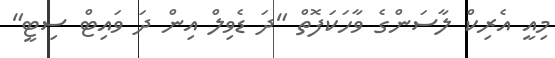
މިއީ އެރިކް ލާސަންގެ ވާހަކަފޮތް "ދަ ޑެވިލް އިން ދަ ވައިޓް ސިޓީ"